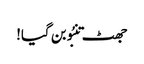
جھٹ تنبُو بن گیا!